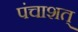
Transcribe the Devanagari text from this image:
पंचाशत्